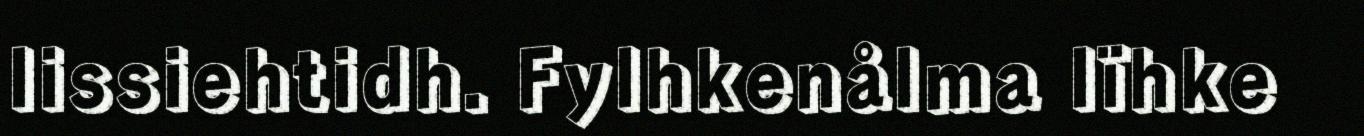
lissiehtidh. Fylhkenålma lïhke